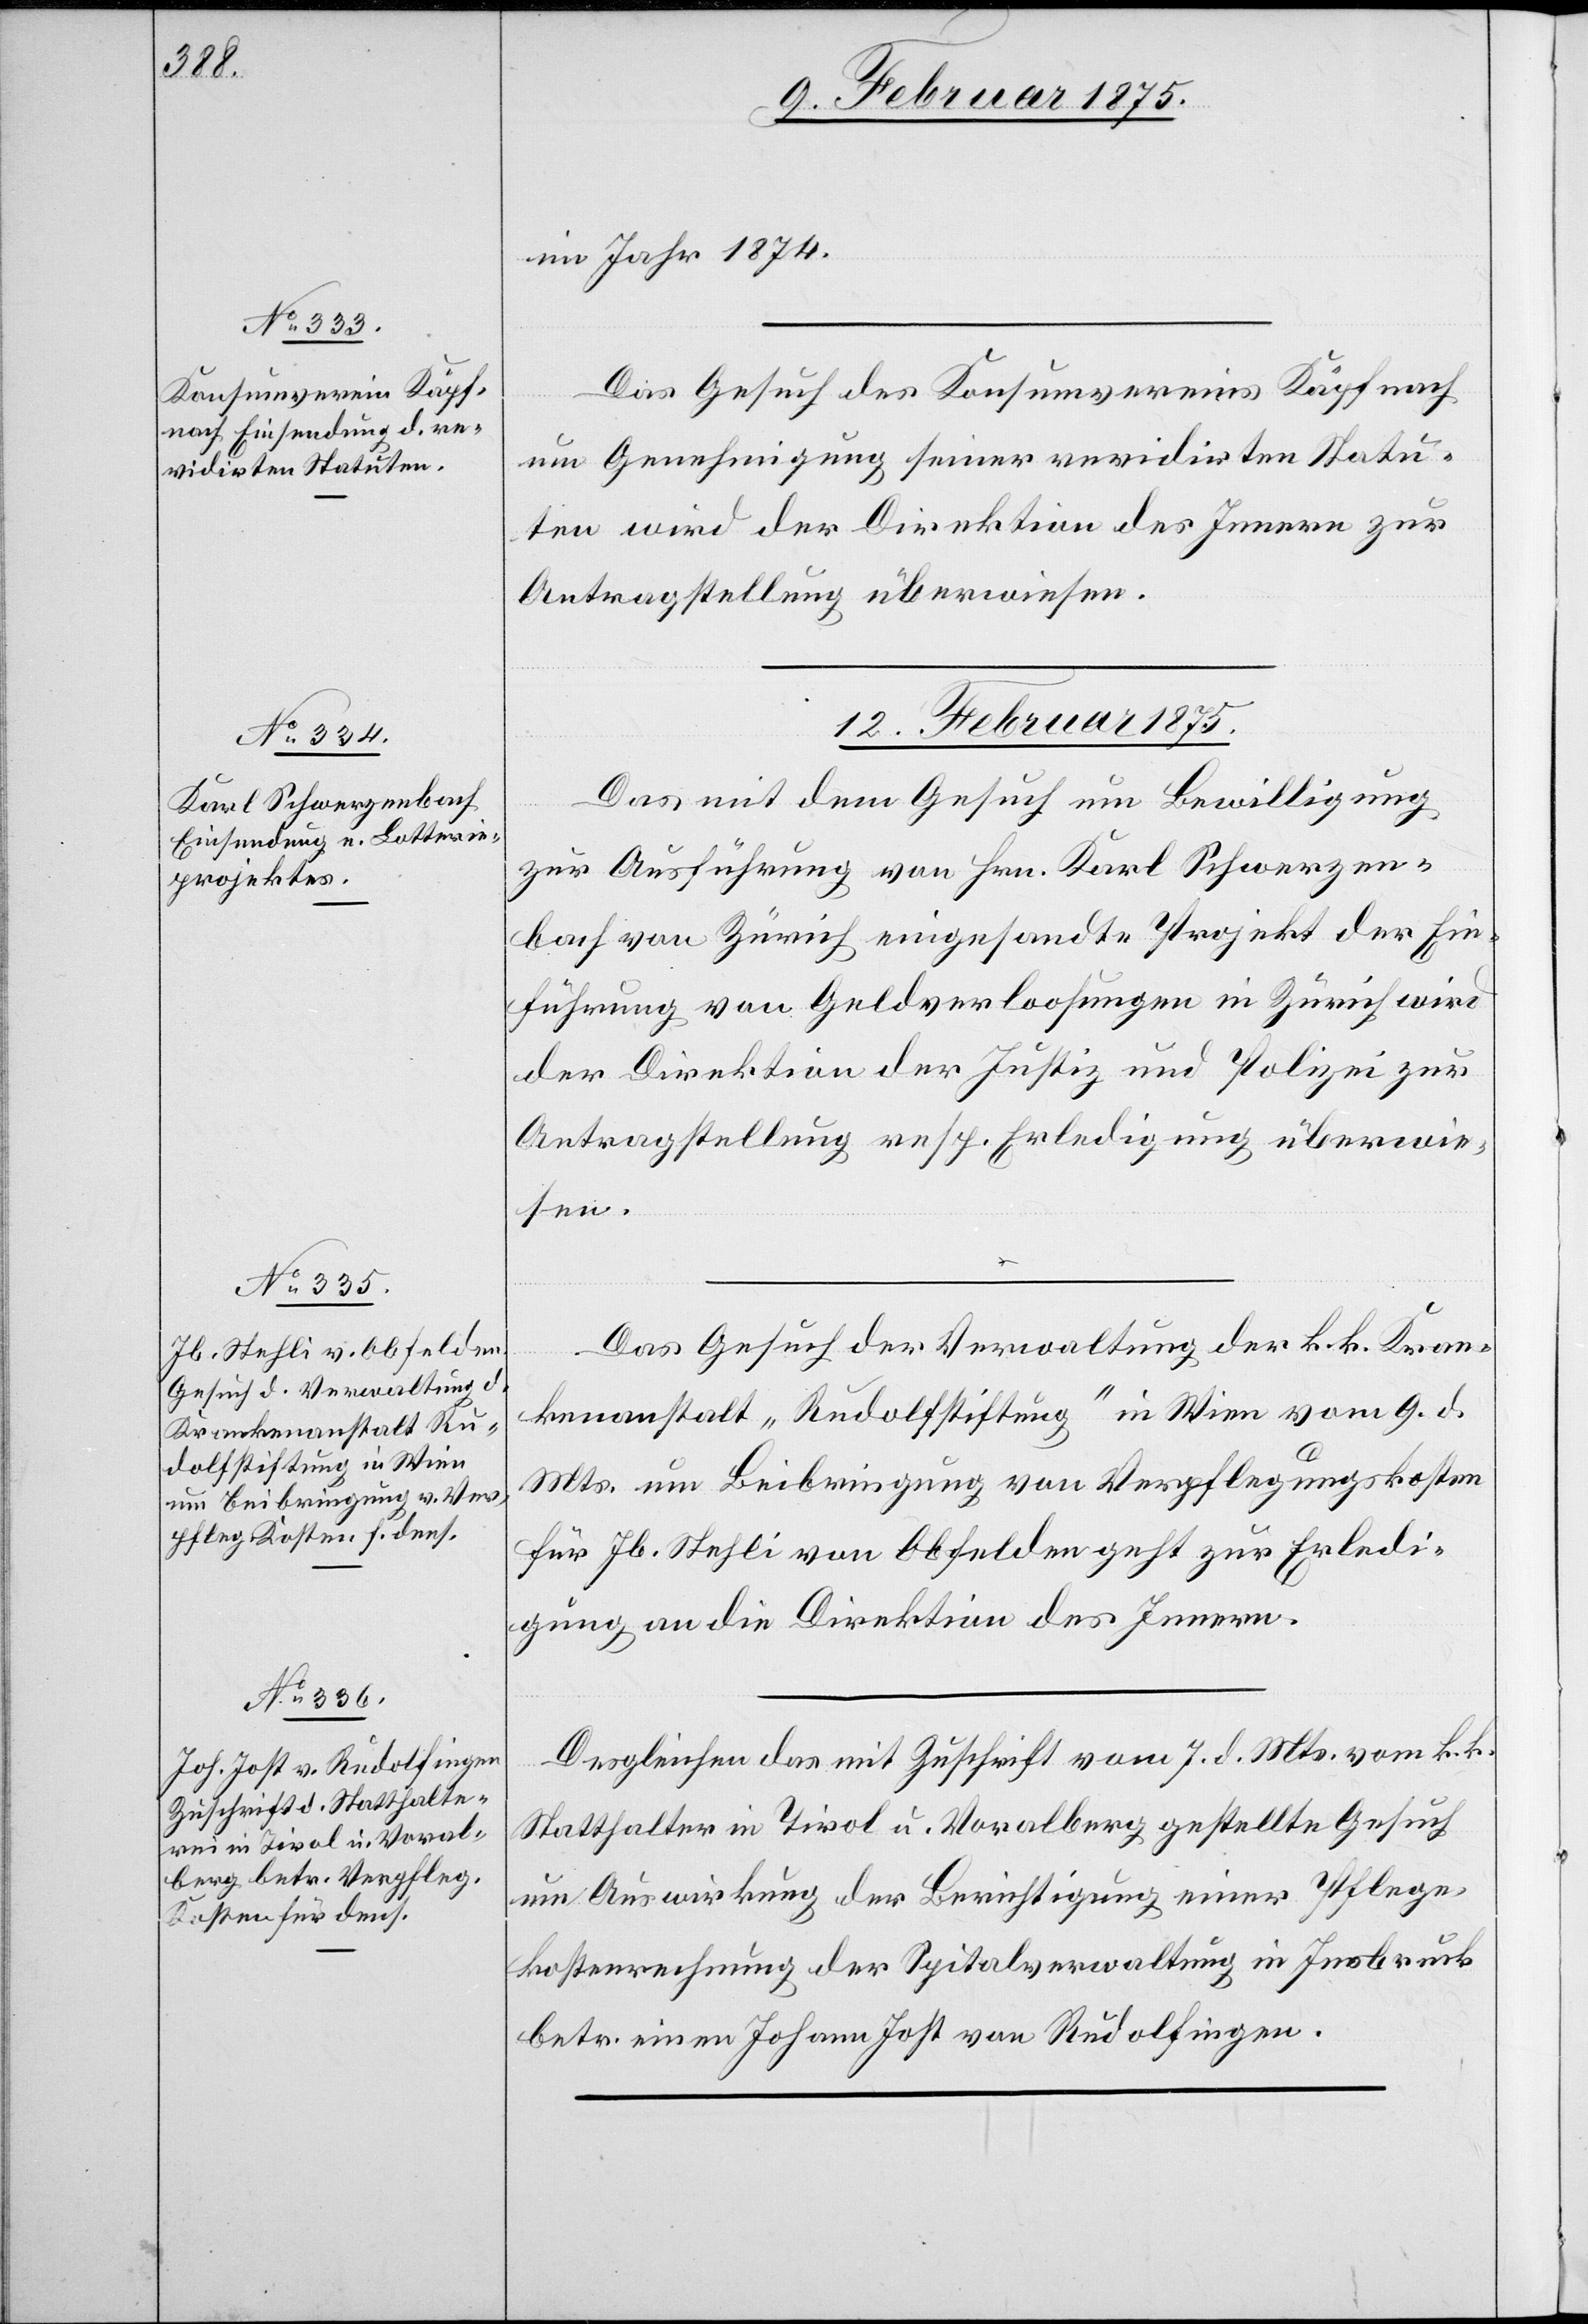
11. Februar 1875.]
im Jahr 1874.
Das Gesuch des Konsumvereins Käfpnach
um Genehmigung seiner revidirten Statu¬
ten wird der Direktion des Innern zur
Antragstellung überwiesen.
12. Februar 1875.]
Das mit dem Gesuch um Bewilligung
zur Ausführung von Hrn. Karl Schwerzen¬
bach von Zürich eingesandte Projekt der Ein¬
führung von Geldverloosungen in Zürich wird
der Direktion der Justiz und Polizei zur
Antragstellung resp. Erledigung überwie¬
sen.
Das Gesuch der Verwaltung der k. k. Kran¬
kenanstalt „Rudolfstiftung“ in Wien vom 9. d.
Mts. um Beibringung von Verpflegungskosten
für Jb. Stehli von Obfelden geht zur Erledi¬
gung an die Direktion des Innern.
Desgleichen das mit Zuschrift vom 7. d. Mts. vom k. k.
Statthalter in Tirol u. Voralberg gestellte Gesuch
um Auswirkung der Berichtigung einer Pflege¬
kostenrechnung der Spitalverwaltung in Insbruck
betr. einen Johann Jost von Rudolfingen.